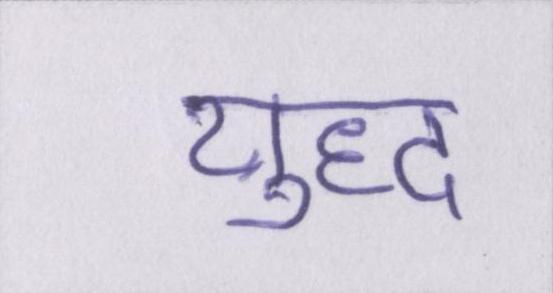
युध्द